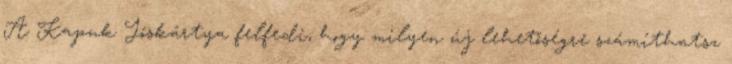
A Kapuk Jóskártya felfedi, hogy milyen új lehetőségre számíthatsz